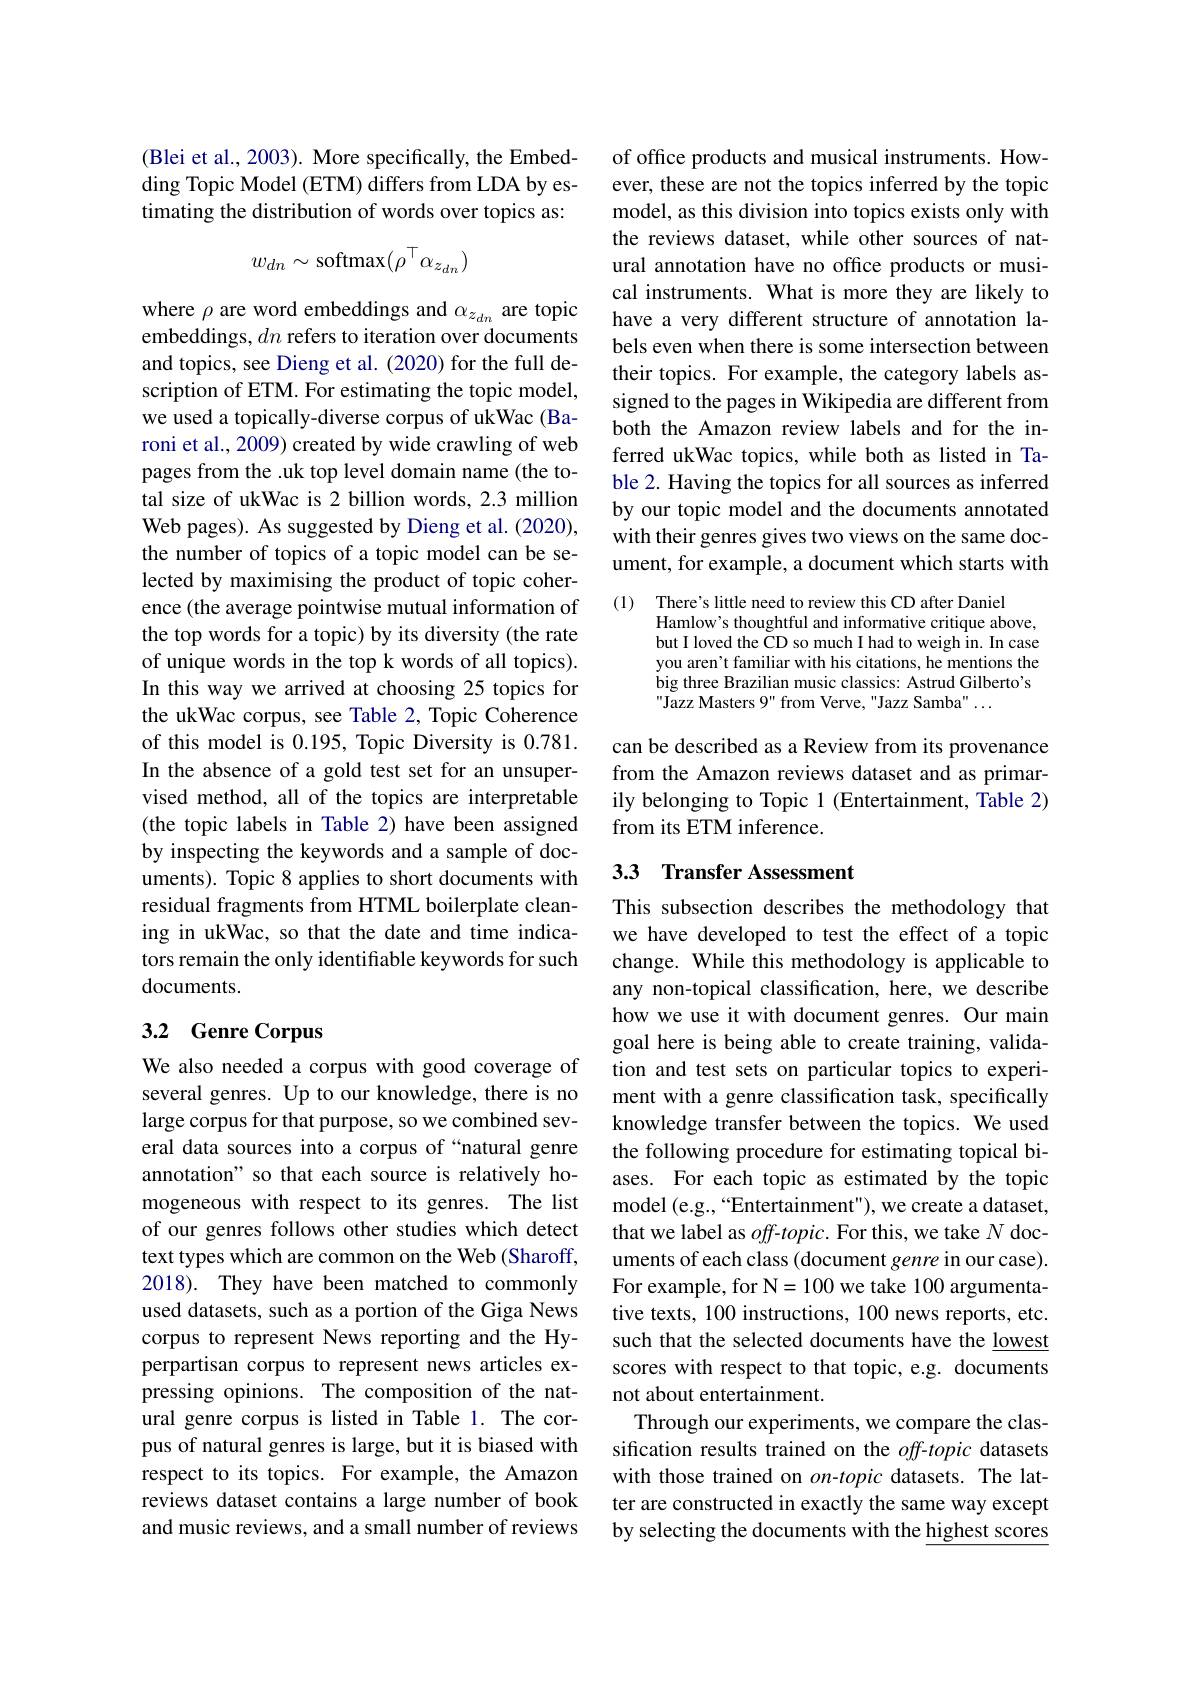
(Blei et al., 2003). More specifically, the Embedding Topic Model (ETM) differs from LDA by estimating the distribution of words over topics as:
$$w_{dn}\sim\mathrm{softmax}(\rho^{\top}\alpha_{z_{dn}})$$
where $\rho$ are word embeddings and $\alpha_z_{dn}$ are topic embeddings, $dn$ refers to iteration over documents and topics, see Dieng et al. (2020) for the full description of ETM. For estimating the topic model, we used a topically-diverse corpus of ukWac (Baroni et al., 2009) created by wide crawling of web pages from the .uk top level domain name (the total size of ukWac is 2 billion words, 2.3 million Web pages). As suggested by Dieng et al. (2020), the number of topics of a topic model can be selected by maximising the product of topic coherence (the average pointwise mutual information of the top words for a topic) by its diversity (the rate of unique words in the top k words of all topics). In this way we arrived at choosing 25 topics for the ukWac corpus, see Table 2, Topic Coherence of this model is 0.195, Topic Diversity is 0.781. In the absence of a gold test set for an unsupervised method, all of the topics are interpretable (the topic labels in Table 2) have been assigned by inspecting the keywords and a sample of documents). Topic 8 applies to short documents with residual fragments from HTML boilerplate cleaning in ukWac, so that the date and time indicators remain the only identifiable keywords for such documents.

## 3.2 Genre Corpus

We also needed a corpus with good coverage of several genres. Up to our knowledge, there is no large corpus for that purpose, so we combined several data sources into a corpus of “natural genre annotation" so that each source is relatively homogeneous with respect to its genres. The list of our genres follows other studies which detect text types which are common on the Web (Sharoff, 2018). They have been matched to commonly used datasets, such as a portion of the Giga News corpus to represent News reporting and the Hyperpartisan corpus to represent news articles expressing opinions. The composition of the natural genre corpus is listed in Table 1. The corpus of natural genres is large, but it is biased with respect to its topics. For example, the Amazon reviews dataset contains a large number of book and music reviews, and a small number of reviews

of office products and musical instruments. However, these are not the topics inferred by the topic model, as this division into topics exists only with the reviews dataset, while other sources of natural annotation have no office products or musical instruments. What is more they are likely to have a very different structure of annotation labels even when there is some intersection between their topics. For example, the category labels assigned to the pages in Wikipedia are different from both the Amazon review labels and for the inferred ukWac topics, while both as listed in Table 2. Having the topics for all sources as inferred by our topic model and the documents annotated with their genres gives two views on the same document, for example, a document which starts with

(1) There's little need to review this CD after Daniel
Hamlow's thoughtful and informative critique above, but I loved the CD so much I had to weigh in. In case you aren't familiar with his citations, he mentions the big three Brazilian music classics: Astrud Gilberto's Jazz Masters 9" from Verve, "Jazz Samba" ...

can be described as a Review from its provenance from the Amazon reviews dataset and as primarily belonging to Topic 1 (Entertainment, Table 2) from its ETM inference.

# 3.3 Transfer Assessment

This subsection describes the methodology that we have developed to test the effect of a topic change. While this methodology is applicable to any non-topical classification, here, we describe how we use it with document genres. Our main goal here is being able to create training, validation and test sets on particular topics to experiment with a genre classification task, specifically knowledge transfer between the topics. We used the following procedure for estimating topical biases. For each topic as estimated by the topic model (e.g.,“Entertainment"), we create a dataset, that we label as $off-topic.$ For this, we take $N$ documents of each class (document genre in our case). For example, for N=100 we take 100 argumentative texts, 100 instructions, 100 news reports, etc. such that the selected documents have the lowest scores with respect to that topic, e.g. documents not about entertainment.
Through our experiments, we compare the classification results trained on the $off-topic$ datasets with those trained on $on$-topic datasets. The latter are constructed in exactly the same way except by selecting the documents with the highest scores